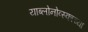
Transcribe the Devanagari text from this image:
याब्लोनोव्स्काच्या